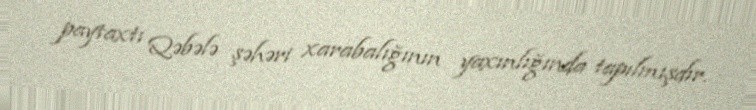
paytaxtı Qəbələ şəhəri xarabalığının yaxınlığında tapılmışdır.